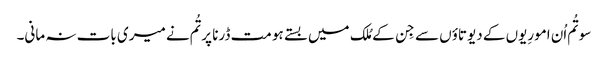
سو تُم اُن امورِیوں کے دیوتاؤں سے جِن کے مُلک میں بستے ہو مت ڈرنا پر تُم نے میری بات نہ مانی۔